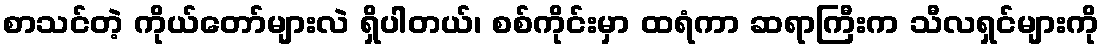
စာသင်တဲ့ ကိုယ်တော်များလဲ ရှိပါတယ်၊ စစ်ကိုင်းမှာ ထရံကာ ဆရာကြီးက သီလရှင်များကို